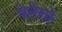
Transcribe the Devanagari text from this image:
बेनेतो